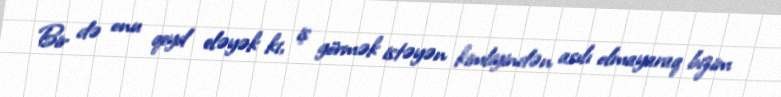
Bir də onu qeyd eləyək ki, iş görmək istəyən kimliyindən asılı olmayaraq bizim